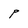
Character: P